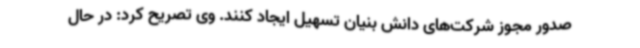
صدور مجوز شرکت‌های دانش بنیان تسهیل ایجاد کنند. وی تصریح کرد: در حال